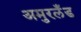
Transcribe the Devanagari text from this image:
अमुरलँंड